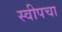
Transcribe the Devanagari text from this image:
स्वीपचा